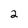
Character: 2